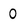
Character: 0